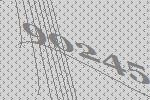
90245